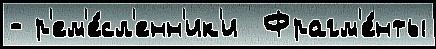
- р'ем'е́сл'енн'ик'и  Фрагм'е́нты